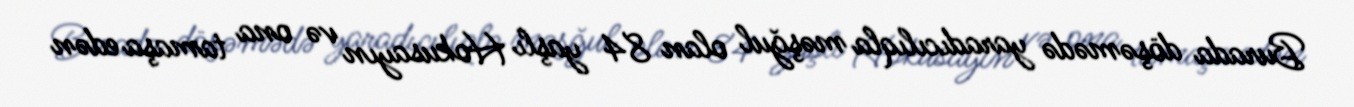
Burada döşəmədə yaradıcılıqla məşğul olan 84 yaşlı Hokusayın və ona tamaşa edən